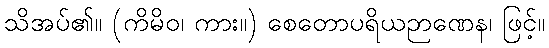
သိအပ်၏။ (ကိမိဝ၊ ကား။) စေတောပရိယဉာဏေန၊ ဖြင့်။